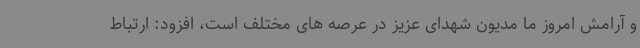
و آرامش امروز ما مدیون شهدای عزیز در عرصه های مختلف است، افزود: ارتباط